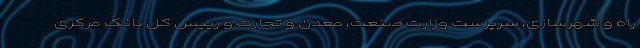
راه و شهرسازی، سرپرست وزارت صنعت، معدن و تجارت و رییس کل بانک مرکزی